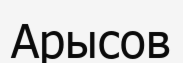
Арысов